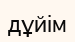
дұйім